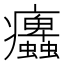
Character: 𤼜